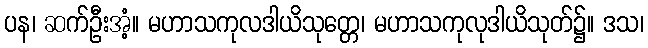
ပန၊ ဆက်ဦးအံ့။ မဟာသကုလဒါယိသုတ္တေ၊ မဟာသကုလုဒါယိသုတ်၌။ ဒသ၊